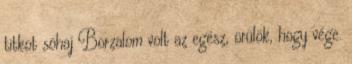
titkot sóhaj Borzalom volt az egész, örülök, hogy vége.